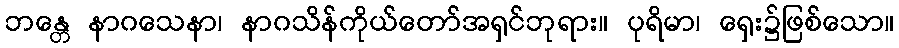
ဘန္တေ နာဂသေနာ၊ နာဂသိန်ကိုယ်တော်အရှင်ဘုရား။ ပုရိမာ၊ ရှေး၌ဖြစ်သော။